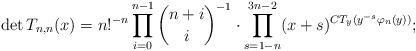
LaTeX: \begin{align*}\det T_{n,n}(x)=n!^{-n}\prod_{i=0}^{n-1}\binom{n+i}i^{-1} \cdot \prod_{s=1-n}^{3n-2}(x+s)^{CT_y(y^{-s}\varphi_n(y))};\end{align*}